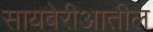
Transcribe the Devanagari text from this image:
सायबेरीआतील